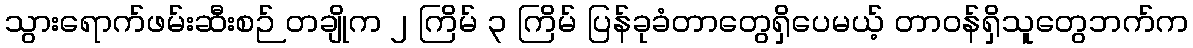
သွားရောက်ဖမ်းဆီးစဉ် တချိုက ၂ ကြိမ် ၃ ကြိမ် ပြန်ခုခံတာတွေရှိပေမယ့် တာဝန်ရှိသူတွေဘက်က